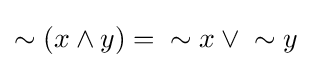
\sim (x\wedge y)={}\sim x\vee {}\sim y